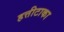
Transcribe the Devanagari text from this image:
हत्तीटाका